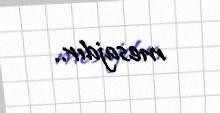
mesajdır..